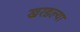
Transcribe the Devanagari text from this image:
खरडल्या